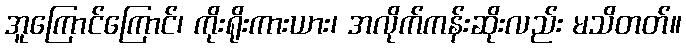
အူကြောင်ကြောင်၊ ကိုးရိုးကားယား၊ အလိုက်ကန်းဆိုးလည်း မသိတတ်။